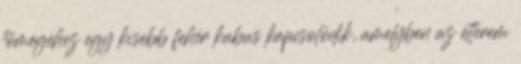
tömegéhez egy kisebb fehér kubus kapcsolódik, amelyben az étterem